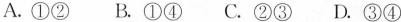
A.①② B.①④ C.②③ D.③④